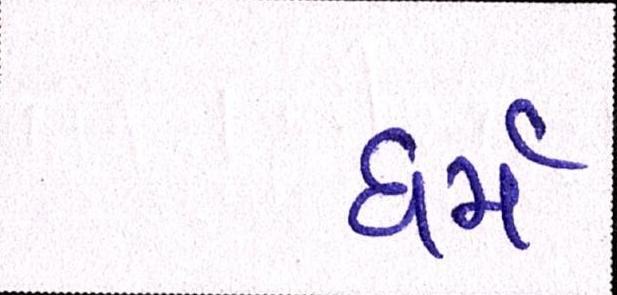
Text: ધર્મ